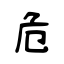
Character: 危